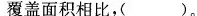
覆盖面积相比，()。